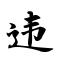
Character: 违